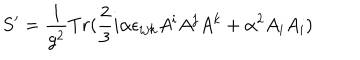
LaTeX: S ^ { \prime } = \frac { 1 } { g ^ { 2 } } T r ( \frac { 2 } { 3 } i \alpha \epsilon _ { i j k } A ^ { i } A ^ { j } A ^ { k } + \alpha ^ { 2 } A _ { i } A _ { i } )